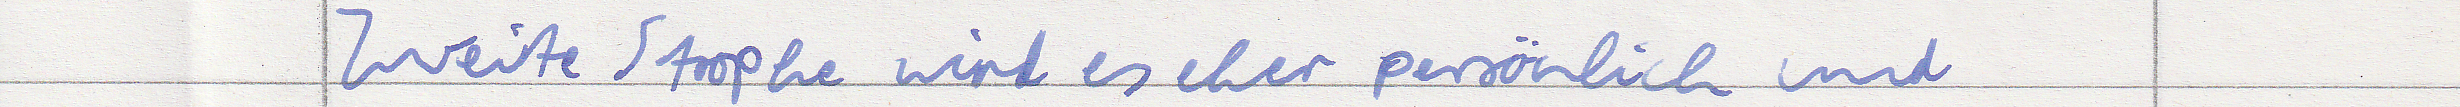
Zweite Strophe wird es eher persönlich und